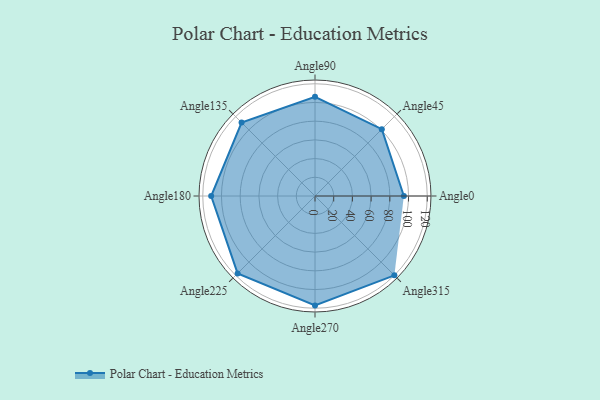
{"axis": {"x": "Angle", "y": "Radius"}, "legend": [""], "data": [{"x": "Angle0", "y": 95.0, "type": ""}, {"x": "Angle45", "y": 101.0, "type": ""}, {"x": "Angle90", "y": 106.0, "type": ""}, {"x": "Angle135", "y": 111.0, "type": ""}, {"x": "Angle180", "y": 111.0, "type": ""}, {"x": "Angle225", "y": 117.0, "type": ""}, {"x": "Angle270", "y": 117.0, "type": ""}, {"x": "Angle315", "y": 120.0, "type": ""}]}